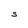
Character: S